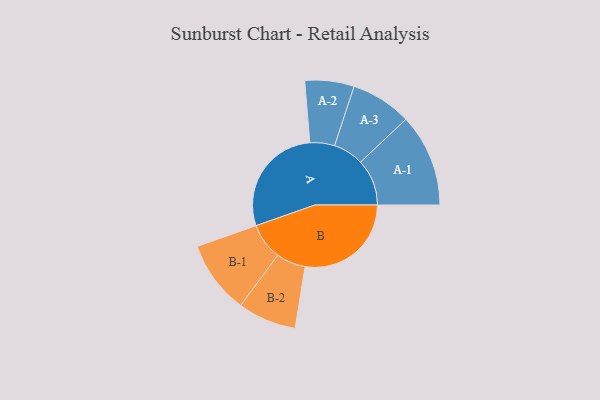
{"axis": {"x": "Segment", "y": "Value"}, "legend": ["", "A", "B"], "data": [{"x": "A", "y": 478, "type": ""}, {"x": "B", "y": 453, "type": ""}, {"x": "A-1", "y": 198, "type": "A"}, {"x": "A-2", "y": 105, "type": "A"}, {"x": "A-3", "y": 130, "type": "A"}, {"x": "B-1", "y": 156, "type": "B"}, {"x": "B-2", "y": 125, "type": "B"}]}